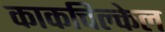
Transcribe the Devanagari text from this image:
काकचिल्केल